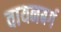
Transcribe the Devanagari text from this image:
वायनबर्ग